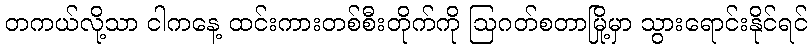
တကယ်လို့သာ ငါကနေ့ ထင်းကားတစ်စီးတိုက်ကို ဩဂတ်စတာမြို့မှာ သွားရောင်းနိုင်ရင်